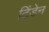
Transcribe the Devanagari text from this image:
टिंडेन